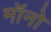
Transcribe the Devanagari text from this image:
मॉनो